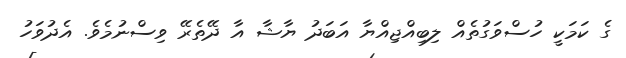
ގެ ކަމަކީ ހުސްވަގުތެއް ލިބިއްޖިއްޔާ އަބަދު ޔާޝާ އާ ދޭތެރޭ ވިސްނުމެވެ. އެދުވަހު